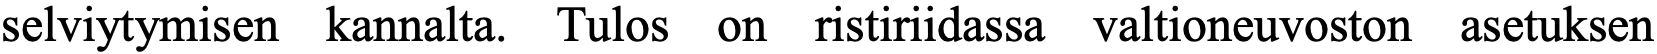
selviytymisen kannalta. Tulos on ristiriidassa valtioneuvoston asetuksen